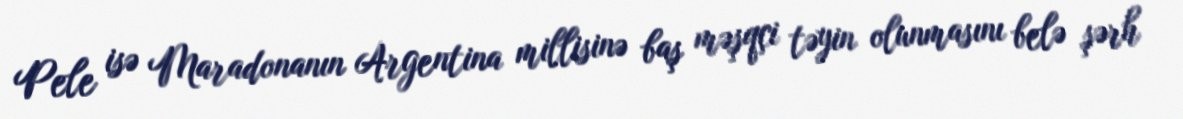
Pele isə Maradonanın Argentina millisinə baş məşqçi təyin olunmasını belə şərh